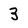
Character: 3